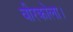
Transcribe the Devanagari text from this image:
वीरकोला।